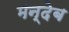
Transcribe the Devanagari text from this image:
मन्देब